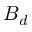
B _ { d }